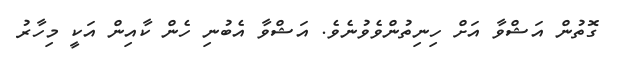
ގޮތުން އަޝްވާ އަށް ހިނިތުންވެވުނެވެ. އަޝްވާ އެބުނި ހެން ކާއިން އަކީ މިހާރު